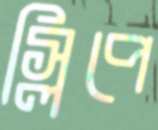
স্লিপে